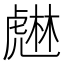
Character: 𧇨